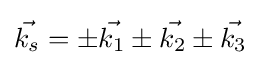
{\vec {k_{s}}}=\pm {\vec {k_{1}}}\pm {\vec {k_{2}}}\pm {\vec {k_{3}}}